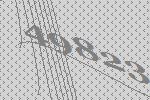
49823